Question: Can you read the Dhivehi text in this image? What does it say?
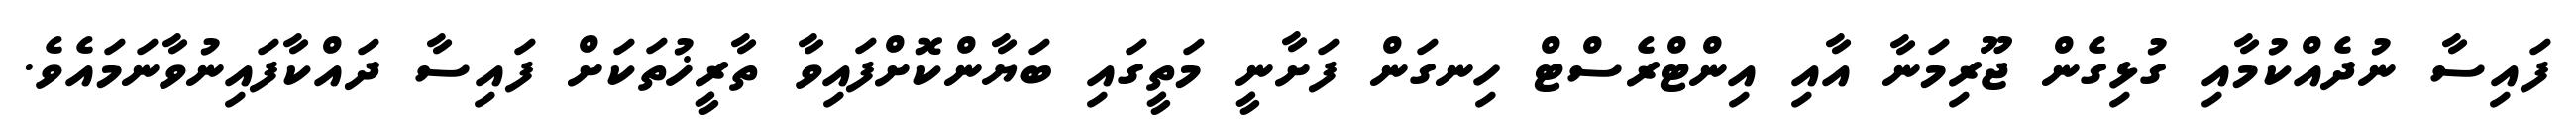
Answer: ފައިސާ ނުދެއްކުމާއި ގުޅިގެން ޖޫރިމަނާ އާއި އިންޓްރެސްޓް ހިނގަން ފަށާނީ މަތީގައި ބަޔާންކޮށްފައިވާ ތާރީޚުތަކަށް ފައިސާ ދައްކާފައިނުވާނަމައެވެ.